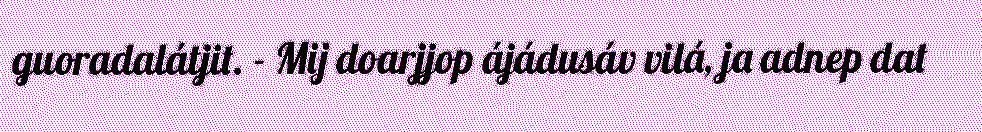
guoradalátjit. - Mij doarjjop ájádusáv vilá, ja adnep dat